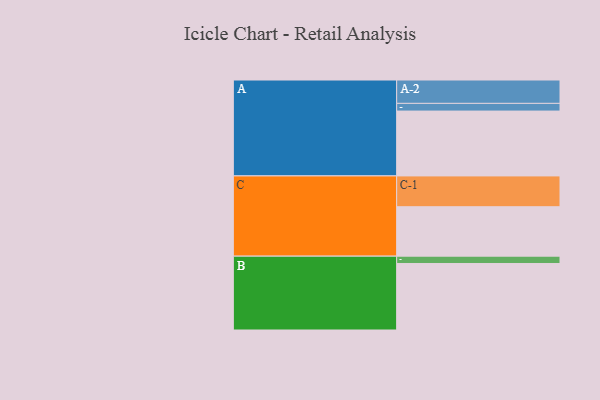
{"axis": {"x": "Segment", "y": "Value"}, "legend": ["", "A", "B", "C"], "data": [{"x": "A", "y": 505, "type": ""}, {"x": "B", "y": 518, "type": ""}, {"x": "C", "y": 385, "type": ""}, {"x": "A-1", "y": 60, "type": "A"}, {"x": "A-2", "y": 182, "type": "A"}, {"x": "B-1", "y": 57, "type": "B"}, {"x": "C-1", "y": 240, "type": "C"}]}